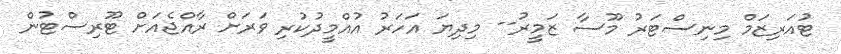
ޓުއަރިޒަމް މިނިސްޓަރު މޫސާ ޒަމީރު-- މިދިޔަ އަހަރު އުއްމީދުކުރި ވަަރަށް ރާއްޖެއަށް ޓޫރިސްޓުން